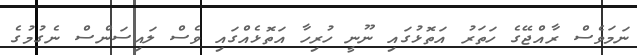
ނަމަވެސް ރާއްޖޭގެ ހަތަރު އަތޮޅުގައި ނޫނީ ހުރިހާ އަތޮޅެއްގައި ވެސް ލައިސަންސް ނެގުމުގެ